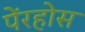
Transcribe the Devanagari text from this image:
पेंरहोस